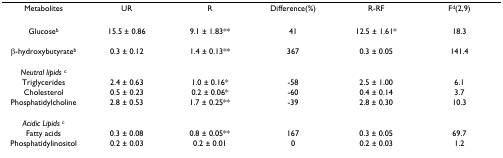
| Metabolites | UR | R | Difference(%) | R-RF | Fd(2,9) |
 | --- | --- | --- | --- | --- | --- |
 | Glucoseb | 15.5 ± 0.86 | 9.1 ± 1.83** | 41 | 12.5 ± 1.61* | 18.3 |
 | β-hydroxybutyrateb | 0.3 ± 0.12 | 1.4 ± 0.13** | 367 | 0.3 ± 0.05 | 141.4 |
 | Neutral lipids c |  |  |  |  |  |
 | Triglycerides | 2.4 ± 0.63 | 1.0 ± 0.16* | -58 | 2.5 ± 1.00 | 6.1 |
 | Cholesterol | 0.5 ± 0.23 | 0.2 ± 0.06* | -60 | 0.4 ± 0.14 | 3.7 |
 | Phosphatidylcholine | 2.8 ± 0.53 | 1.7 ± 0.25** | -39 | 2.8 ± 0.30 | 10.3 |
 | Acidic Lipids c |  |  |  |  |  |
 | Fatty acids | 0.3 ± 0.08 | 0.8 ± 0.05** | 167 | 0.3 ± 0.05 | 69.7 |
 | Phosphatidylinositol | 0.2 ± 0.03 | 0.2 ± 0.01 | 0 | 0.2 ± 0.03 | 1.2 |